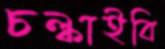
চল্‌কাইবি